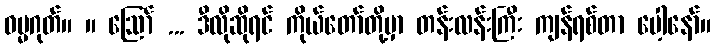
ဓမ္မဂုတ်။ ။ ဪ ... ဒီလိုဆိုရင် ကိုယ်တော်တို့မှာ တန်းလန်းကြီး ကျန်ရစ်တာ ပေါ့နော်။